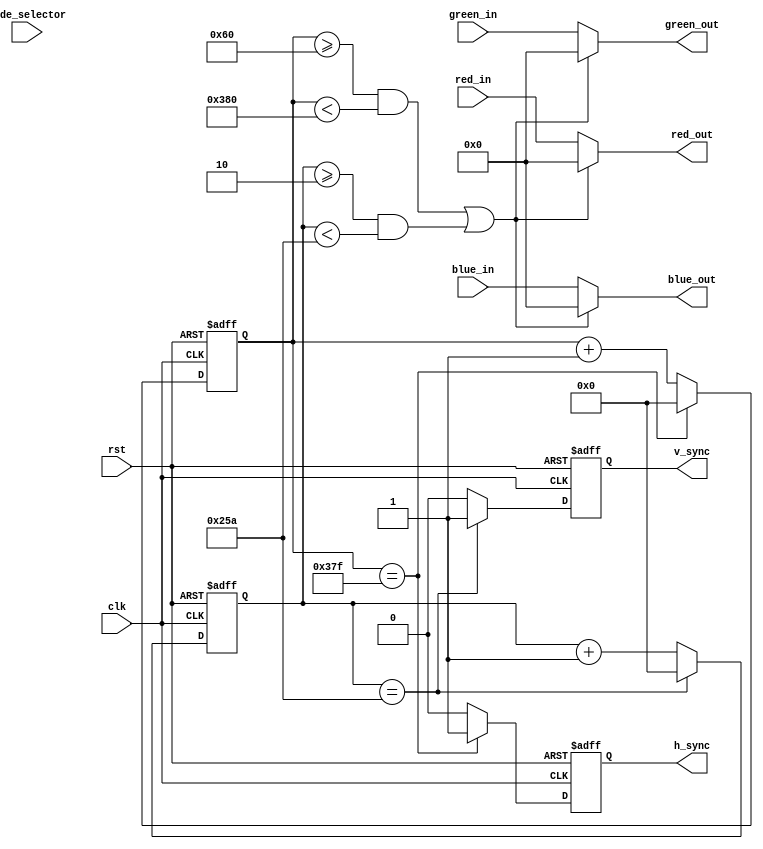
module vga_controller (
    input wire clk,
    input wire rst,
    input wire mode_selector,
    input wire [7:0] red_in,
    input wire [7:0] green_in,
    input wire [7:0] blue_in,
    output reg h_sync,
    output reg v_sync,
    output reg [7:0] red_out,
    output reg [7:0] green_out,
    output reg [7:0] blue_out
);

reg [9:0] h_count;
reg [9:0] v_count;
wire h_blank, v_blank;
parameter H_RES = 800;
parameter V_RES = 600;

// Horizontal sync generation
assign h_blank = (h_count >= 96) && (h_count < 800+96);
always @(posedge clk or posedge rst) begin
    if (rst) begin
        h_count <= 0;
        h_sync <= 1;
    end else begin
        if (h_count == 799+96) begin
            h_count <= 0;
            h_sync <= 1;
        end else begin
            h_count <= h_count + 1;
            h_sync <= 0;
        end
    end
end

// Vertical sync generation
assign v_blank = (v_count >= 2) && (v_count < 2+600);
always @(posedge clk or posedge rst) begin
    if (rst) begin
        v_count <= 0;
        v_sync <= 1;
    end else begin
        if (v_count == 600+2) begin
            v_count <= 0;
            v_sync <= 1;
        end else begin
            v_count <= v_count + 1;
            v_sync <= 0;
        end
    end
end

// RGB generation
always @* begin
    if (h_blank || v_blank) begin
        red_out <= 0;
        green_out <= 0;
        blue_out <= 0;
    end else begin
        red_out <= red_in;
        green_out <= green_in;
        blue_out <= blue_in;
    end
end

// Additional logic for handling user inputs/triggers can be added here

endmodule